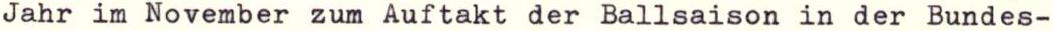
Jahr im November zum Auftakt der Ballsaison in der Bundes-